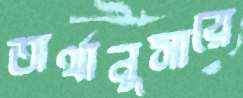
অর্থানুসারে